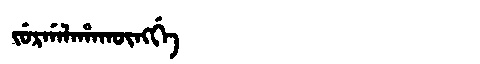
Manchu: ᠵᡠᡵᡤᠠᠯᠠᡥᠠᡴᡡᠩᡤᡝ
Romanization: JURGALAHAKŪNGGE